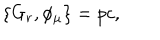
\{ G _ { r } , \phi _ { \mu } \} = p c ,